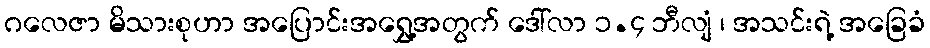
ဂလေဇာ မိသားစုဟာ အပြောင်းအရွှေ့အတွက် ဒေါ်လာ ၁.၄ ဘီလျံ ၊ အသင်းရဲ့ အခြေခံ